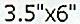
3.5"X6"